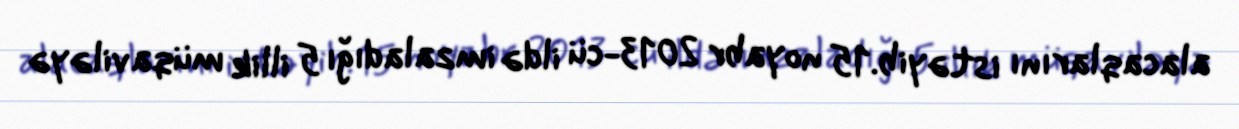
alacaqlarını istəyib.15 noyabr 2013-cü ildə imzaladığı 5 illik müqaviləyə